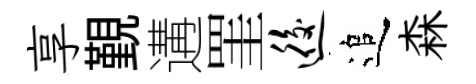
享覲遘罣逅追森